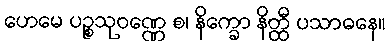
ဟေမေ ပဉ္စသုဝဏ္ဏေ စ၊ နိက္ခော နိတ္ထီ ပသာဓနေ။